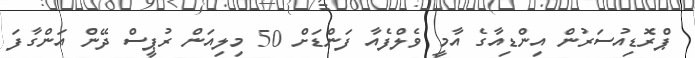
ޕްރޮޑިއުސަރުން އިންޑިއާގެ އާމީ ވެލްފެއާ ފަންޑަށް 50 މިލިއަން ރުޕީސް ދޭން އަންގާފަ